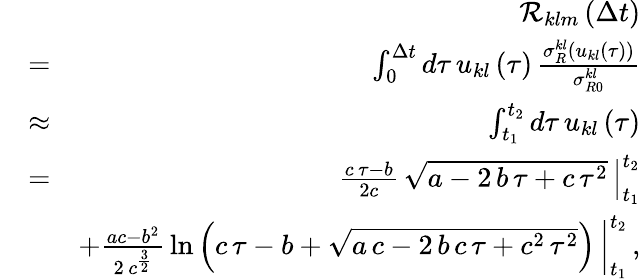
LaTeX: \begin{array}{rlr}&{}&{{\cal R}_{klm}\left(\Delta t\right)}\\ &{=}&{\int_{0}^{\Delta t}d\tau\, u_{kl}\left(\tau\right)\, \frac{\sigma_{R}^{kl}\left(u_{kl}\left(\tau\right)\right)}{\sigma_{R0}^{kl}}}\\ &{\approx}&{\int_{t_{1}}^{t_{2}}d\tau\, u_{kl}\left(\tau\right)}\\ &{=}&{\left.\frac{c\, \tau-b}{2c}\, \sqrt{a-2\, b\, \tau+c\, \tau^{2}}\, \right|_{t_{1}}^{t_{2}}}\\ &{}&{+\left.\frac{ac-b^{2}}{2\, c^{\frac{3}{2}}}\, \ln\left(c\, \tau-b+\sqrt{a\, c-2\, b\, c\, \tau+c^{2}\, \tau^{2}}\right)\, \right|_{t_{1}}^{t_{2}}\, ,}\end{array}